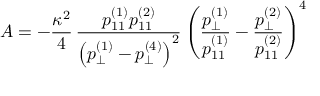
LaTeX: A = - \frac { \kappa ^ { 2 } } { 4 } \, \frac { p _ { 1 1 } ^ { ( 1 ) } p _ { 1 1 } ^ { ( 2 ) } } { \left( p _ { \perp } ^ { ( 1 ) } - p _ { \perp } ^ { ( 4 ) } \right) ^ { 2 } } \left( \frac { p _ { \perp } ^ { ( 1 ) } } { p _ { 1 1 } ^ { ( 1 ) } } - \frac { p _ { \perp } ^ { ( 2 ) } } { p _ { 1 1 } ^ { ( 2 ) } } \right) ^ { 4 }